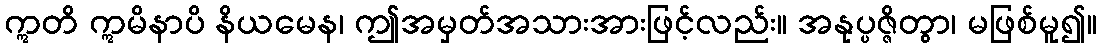
ဣတိ ဣမိနာပိ နိယမေန၊ ဤအမှတ်အသားအားဖြင့်လည်း။ အနုပ္ပဇ္ဇိတွာ၊ မဖြစ်မူ၍။